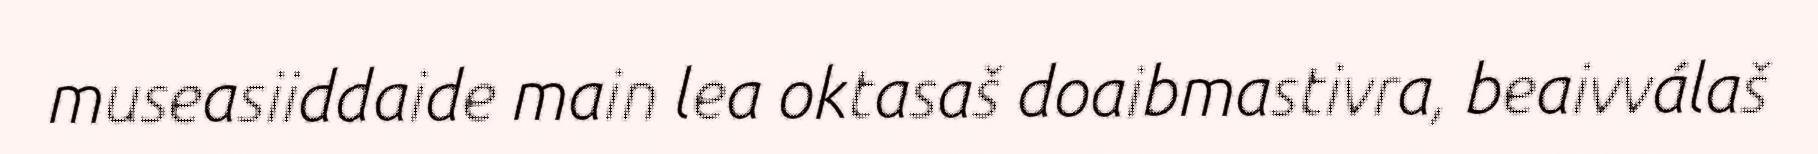
museasiiddaide main lea oktasaš doaibmastivra, beaivválaš